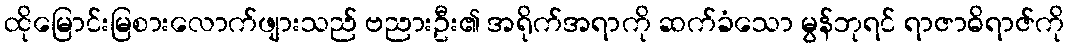
ထိုမြောင်းမြစားလောက်ဖျားသည် ဗညားဦး၏ အရိုက်အရာကို ဆက်ခံသော မွန်ဘုရင် ရာဇာဓိရာဇ်ကို